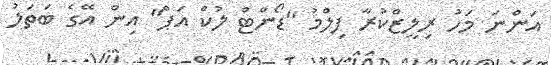
އަންނަ މަހު ރިލީޒްކުރާ ފިލްމު "ޑޯންޓް ލުކް އަޕް" އިން އޭގެ ބަތަލު